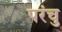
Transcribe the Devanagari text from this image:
परंचु